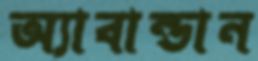
অ্যাবান্ডান